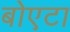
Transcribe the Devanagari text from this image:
बोएटा